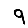
Digit: 9